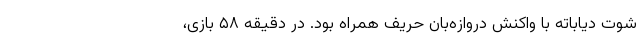
شوت دیاباته با واکنش دروازه‌بان حریف همراه بود. در دقیقه ۵۸ بازی،